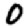
Digit: 0